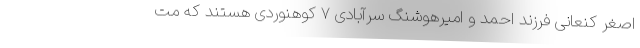
اصغر کنعانی فرزند احمد و امیرهوشنگ سرآبادی ۷ کوهنوردی هستند که مت